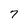
Character: 7